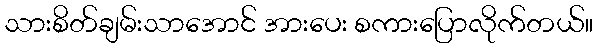
သားစိတ်ချမ်းသာအောင် အားပေး စကားပြောလိုက်တယ်။